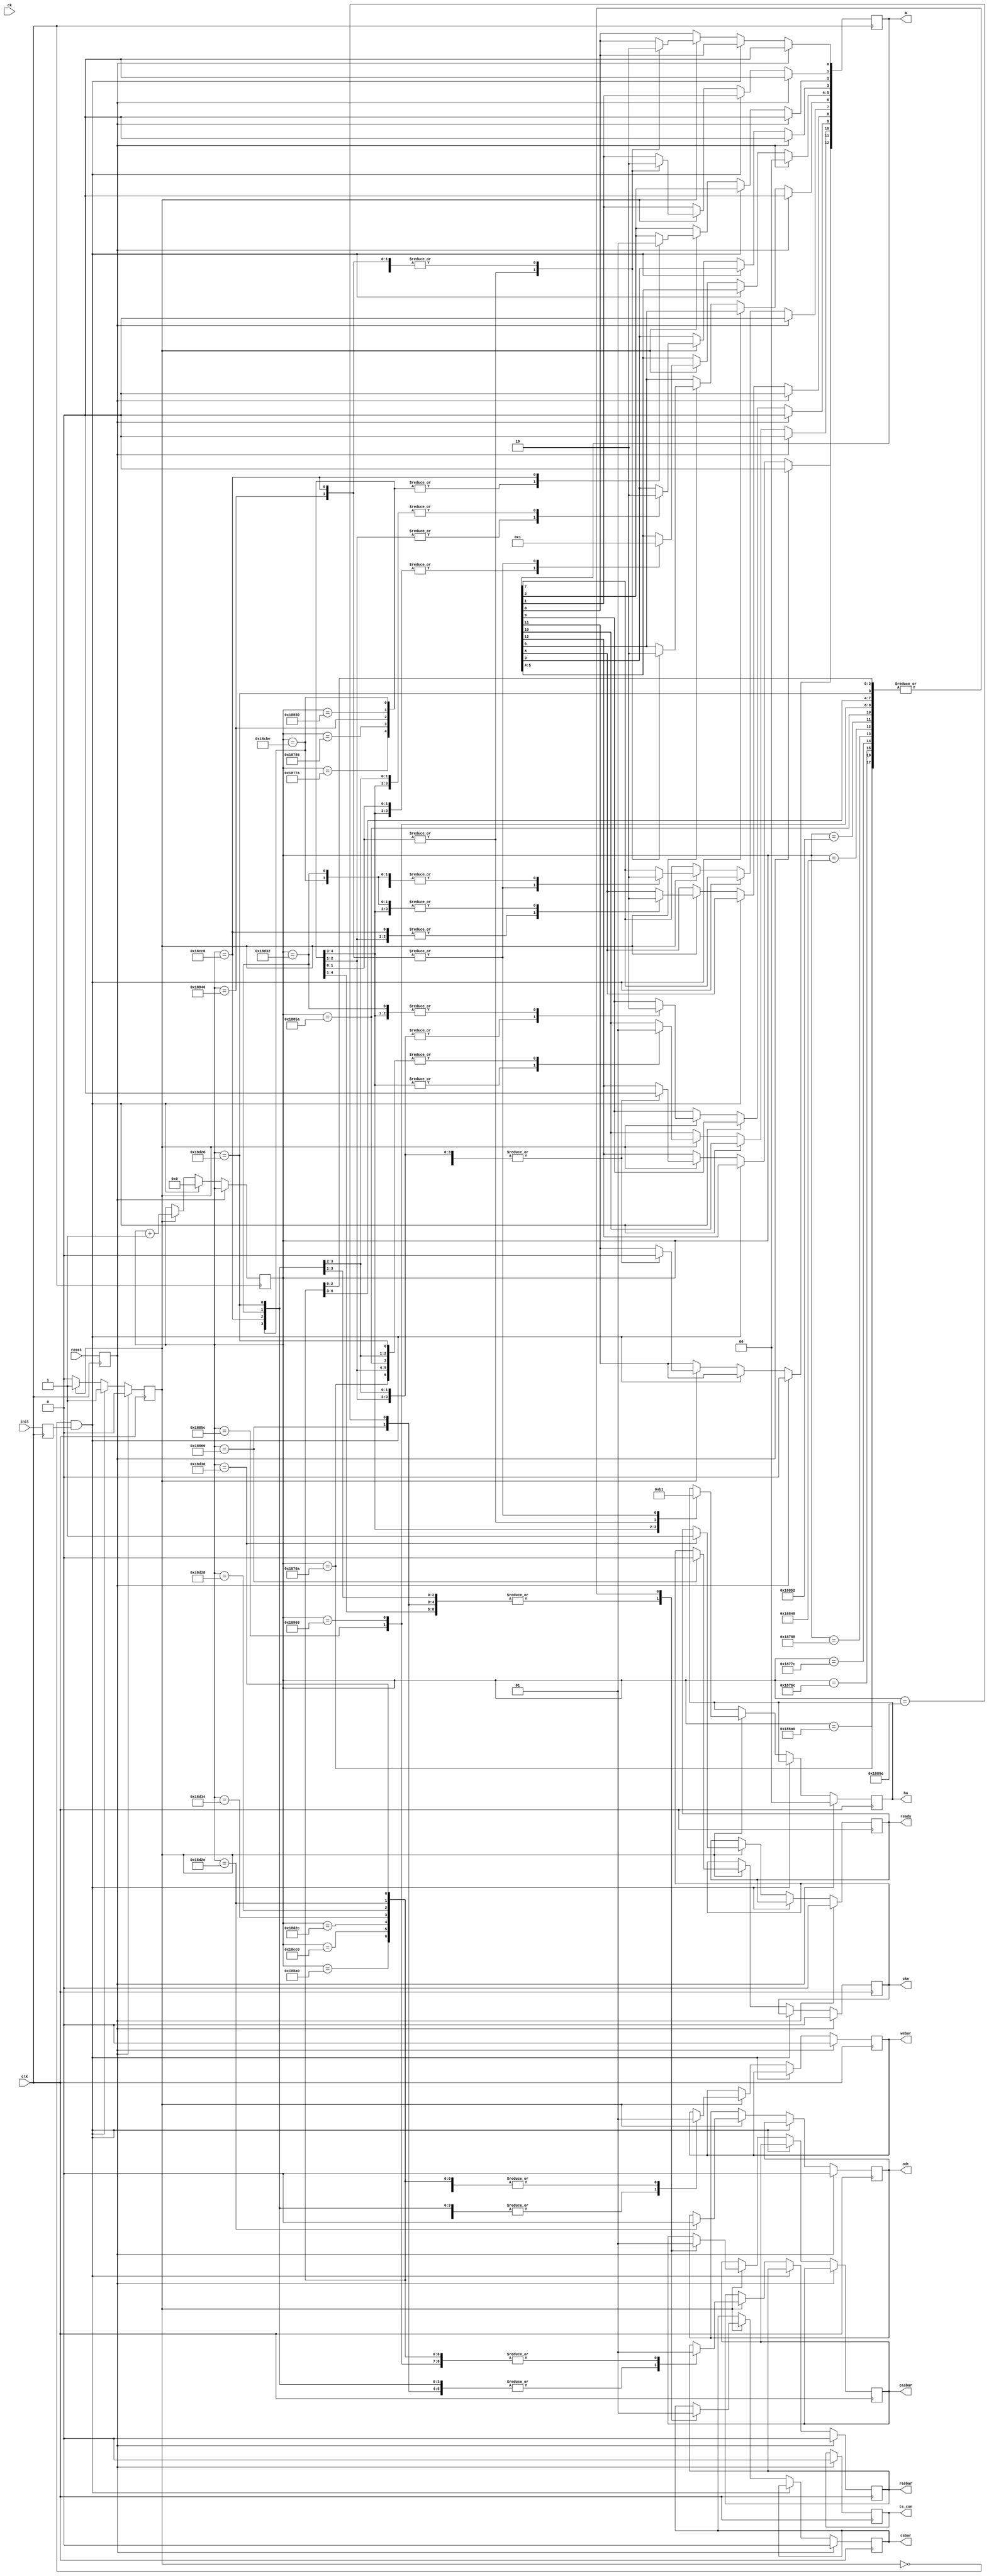
// Define Counter Values by setting the counter value for each stage in the INIT process
// There is a NOP command issued 1 DDR clock cycle after most commands
// More information about each stage is in the Verilog code below

`define S_NOP1	17'd100000 // Send NOP with CKE low
`define S_CKE	17'd100000 // Set CKE High
`define S_PRE1	17'd100202 // First Precharge
`define S_NOP2	17'd100204 // NOP after Precharge
`define S_EMRS2	17'd100218// Set EMRS 2
`define S_NOP3 	17'd100220 // NOP after EMRS 2
`define S_EMRS3	17'd100230 // Set EMRS 3
`define S_NOP4	17'd100232 // NOP after EMRS 3
`define S_DLL	17'd100422// DLL Set
`define S_NOP5	17'd100424 // NOP after DLL Set
`define S_DLLR	17'd100432// DLL Reset
`define S_NOP6	17'd100434 // NOP after DLL Reset
`define S_PRE2	17'd100442// 2nd Precharge
`define S_NOP7	17'd100444 // NOP after 2nd Precharge
`define S_AUTO1	17'd100454 // Part 1 of Auto Refresh
`define S_NOP8	17'd100456 // NOP after Auto Refresh 1
`define S_AUTO2 17'd100510 // Send Auto Refresh
`define S_NOP9	17'd100512 // NOP after Auto Refresh 2
`define S_MRS	17'd101566 // Set MRS register
`define S_NOP10	17'd101568 // NOP afer MRS
`define S_EMRS1	17'd101574 // Set EMRS1 register
`define S_NOP11	17'd101676 // NOP after EMRS1
`define S_OCD	17'd101682 // OCD Calibration
`define S_NOP12 17'd101684 // NOP after OCD calibration
`define S_PRE3	17'd101670 // Third Precharge
`define S_NOP13	17'd101672 // NOP after Precharge
`define S_ODT	17'd101678// Raise ODT When memory is ready
`define S_DONE	17'd101680// Memory is ready

/////////////////////////////////////////////////////////


module ddr2_init_engine(
   // Outputs
   ready, csbar, rasbar, casbar, webar, ba, a, odt, ts_con, cke,
   // Inputs
   clk, reset, init, ck
   );


input clk, reset, init, ck;
output ready, csbar, rasbar, casbar, webar, odt, ts_con, cke;
output [1:0] ba;
output [12:0] a;

reg ready;
reg cke;
reg csbar;
reg rasbar;
reg casbar;
reg webar;
reg [1:0] ba;
reg [12:0] a;
reg odt;
reg [15:0] dq_out;
reg [1:0] dqs_out;
reg [1:0] dqsbar_out;   
reg ts_con;
reg INIT, RESET;
   
reg [16:0]  counter;
reg flag;

always @(posedge clk)
begin
	INIT <= init;
	RESET <= reset;

	if (RESET)
	begin
		flag <= 0;
		cke <= 0;
		odt <= 0;
		a <= 0;
		ba <= 0;
		ts_con <= 0;
		csbar <= 0;
		rasbar <= 0;
		webar <= 0;
		ready <= 0;
	end
	else if (flag == 0 && INIT == 1)
	begin
		// On INIT signal, set a flag to start the initialization routine and clear the counter
		flag <= 1;
		counter <= 0;
	end
	else if (flag == 1)
	begin
		counter <= counter + 1;
		case (counter)
		// Use a case statement to match counter values to specific commands issued to the DDR2 chip
		// TASK: Fill in the correct counter values in the definitions at the beginning of the file
		// and fill in any missing signal values to set up the DDR2 chip correctly in the following code

		// INIT Waits for 200 microseconds
        	`S_NOP1:  begin
			{csbar, rasbar, casbar, webar} <= 0111; // NOP command
			end
	        `S_CKE:  begin // Enable CKE high
			cke <= 1;
			end
	// ----------------------------------------------------------
        // Precharge All
        // ----------------------------------------------------------
        // Wait for minimum of 400ns then issue precharge all command.
		
		`S_PRE1: begin // Precharge all banks
			{csbar, rasbar, casbar, webar} <= 0010; // Precharge all banks command
			a[10] <= 1;
			end
		`S_NOP2: {csbar, rasbar, casbar, webar} <= 0111; // NOP command

        // ----------------------------------------------------------
        // Set EMRS(2)
        // ----------------------------------------------------------
        // EMRS(2) is reserved for future use and all bits except
        // BA0 and BA1 must be programmed to 0 when setting
        // the mode register during initialization.

        	`S_EMRS2: begin
                	{csbar, rasbar, casbar, webar} <=  0000; // EMRS command
                	a <= 0;
			ba <= 2'b10;
	                end
                `S_NOP3: {csbar, rasbar, casbar, webar} <= 0111; // NOP command

        // ----------------------------------------------------------
        // Set EMRS(3)
        // ----------------------------------------------------------
        // EMRS(3) is reserved for future use and all bits except
        // BA0 and BA1 must be programmed to 1 when setting
        // the mode register during initialization.

	        `S_EMRS3: begin
        	        {csbar, rasbar, casbar, webar} <= 0000; // EMRS command 
        	        a <= 0;
        	        ba <= 2'b11;
	                end
                `S_NOP4: {csbar, rasbar, casbar, webar} <= 0111; // NOP command

        // ----------------------------------------------------------
        // DLL Enable
        // ----------------------------------------------------------
        // Issue EMRS to enable DLL. (To issue "DLL Enable" command,
        //  provide "Low" to A0, "High" to BA0 and "Low" to BA1 and A12.)
        // Rest of the values are set to desired values too (else it throws errors)

	        `S_DLL: begin
        	        {csbar, rasbar, casbar, webar} <= 0000; // EMRS command
        	        a[0] <= 0; // DLL Enable
               		a[1] <= 0; // Output Driver
                	a[2] <= 0; // Rtt ODT
                	a[6] <= 0; // Rtt ODT

			// FILL IN VALUES
                	a[5:3] <= 011; // Additive CAS
                	a[9:7] <= 111; // OCD Calibration Program
			//

                	a[10] <= 1; //DQS_bar disabled
                	a[11] <= 0; // RDQS
                	a[12] <= 0; // Qoff
                	ba <= 2'b01; // Address of EMRS1
	                end
                `S_NOP5: {csbar, rasbar, casbar, webar} <= 0111 ; // NOP command

        // ----------------------------------------------------------
        // DLL Reset
        // ----------------------------------------------------------
        // Issue a Mode Register Set command for DLL reset
        // (To issue DLL reset command, provide "High" to A8 and "Low" to BA0-1).

	        `S_DLLR: begin
        	        {csbar, rasbar, casbar, webar} <=0000 ; // EMRS command 
        	        // FILL IN VALUES
			a[2:0] <= 011 ; // Burst Length
        	        a[3] <= 1; // Burst Type
               		a[6:4] <= 100 ; // CAS_BAR Latency
                	//
			a[7] <= 0; // TM = Normal
                	a[8] <= 1; // DLL Reset
			a[11:9] <= 3'b011; // Write recovery
			a[12] <= 0; // Fast Exit
                	ba <= 2'b00; // MRS
	                end
                `S_NOP6: {csbar, rasbar, casbar, webar} <= 0111; // NOP command

        // ----------------------------------------------------------
        // Precharge All
        // ----------------------------------------------------------
        // Issue precharge all command.

        	`S_PRE2: begin
                	{csbar, rasbar, casbar, webar} <= 0010; // Precharge all banks command
                	a[10] <= 1; // Precharge value
	                end
                `S_NOP7: {csbar, rasbar, casbar, webar} <= 0111; // NOP command

        // ----------------------------------------------------------
        // Two Autorefresh AKA Refresh
        // ----------------------------------------------------------
        // Issue 2 or more auto-refresh commands.
        // the self refresh command is defined by having
        // csbar, rasbar, casbar and cke held low
        // with webar high at the rising edge of the clock.
        // Note: ODT must be turned off before issuing Self Refresh command,
        //       by either driving ODT pin low or using EMRS command.

        // **** First Auto Refresh Cycle *****
        // bring the clock enable (cke) down

        	`S_AUTO1: begin
                	{csbar, rasbar, casbar, webar} <= 0001;
					cke <= 0;				// Auto Refresh Command 
	                end
                `S_NOP8: {csbar, rasbar, casbar, webar} <= 0111; // NOP command

        // After exit wait for the delay equal or longer than the tXSNR or tXSRD
        // Refresh to active/Refresh command time (tRFC) = 105 ns
        // Exit self refresh to a non-read command (tXSNR) = tRFC + 10 = 115 ns
        // Exit self refresh to a read command (tXSRD) =  200 cycles = 800 ns

	        `S_AUTO2: begin
        	        {csbar, rasbar, casbar, webar} <= 0001; // Auto Refresh Command
	                end
                `S_NOP9: {csbar, rasbar, casbar, webar} <= 0111; // NOP command

	// Need to wait same time as last refresh before issuing the next command

        // ----------------------------------------------------------
        // MRS programing
        // ----------------------------------------------------------
        // Issue a mode register set command with low to A8 to initialize device operation.
        // (i.e. to program operating parameters without resetting the DLL.

	        `S_MRS:  begin
        	        {csbar, rasbar, casbar, webar} <= 0000; // EMRS command 
			// FILL IN VALUES
        	        a[2:0] <= 011; // Burst Length
        	        a[3] <= 0; // Burst Type
        	        a[6:4] <= 100; // CAS_BAR Latency
        	        //
			a[7] <= 0; // TM = Normal
        	        a[8] <= 0; // DLL Reset
        	        a[11:9] <= 3'b011; // Write recovery
        	        a[12] <= 0; // Fast Exit
        	        ba <= 2'b00; // MRS
	                end
                `S_NOP10: {csbar, rasbar, casbar, webar} <= 0111 ; // NOP command

        // ----------------------------------------------------------
        // Programing EMRS(1)
        // ----------------------------------------------------------

        	`S_EMRS1: begin
                	{csbar, rasbar, casbar, webar} <=  0000; // EMRS command 
                	a[0] <= 0; // DLL Enable
			a[1] <= 0; // Output Driver Impedence
        	        a[2] <= 1; // Rtt ODT
        	        a[6] <= 0; // Rtt ODT
        	        a[5:3] <= 010 ; // Additive CAS Latency
			a[9:7] <= 3'b111; // OCD Calibration
	                a[10] <= 1; // DLL Reset
        	        a[11] <= 0; // Write recovery
                	a[12] <= 0; // Fast Exit
                	ba <= 2'b01; // EMRS1
	                end
                `S_NOP11: {csbar, rasbar, casbar, webar} <= 0111; // NOP command

        // ----------------------------------------------------------
        // OCD Calibration 
        // ----------------------------------------------------------
	// OCD Must be at least 800 ns away from issuing the DLL Reset command

        	`S_OCD:  begin
			a[9:7] <= 3'b000; // OCD
			{csbar, rasbar, casbar, webar} <= 0000; // EMRS Command
			end
                `S_NOP12: {csbar, rasbar, casbar, webar} <= 0111; // NOP command

	// ----------------------------------------------------------
        // Precharge All
        // ----------------------------------------------------------

	        `S_PRE3: begin
        	        {csbar, rasbar, casbar, webar} <= 0010; // Precharge all banks command
        	        a[10] <= 1; // Precharge value
	                end
                `S_NOP13: {csbar, rasbar, casbar, webar} <= 0111; // NOP command

	// ----------------------------------------------------------
        // Enable On Die Termination
        // ----------------------------------------------------------

        	`S_ODT:  begin
        	        {csbar, rasbar, casbar, webar} <= 0111; // NOP command
        	        odt <= 0;
        	        end
        // ----------------------------------------------------------
        // DDR2 Setup Done!
        // ----------------------------------------------------------
        	`S_DONE: begin
	                {csbar, rasbar, casbar, webar} <= 0111; // Finally done - Just send NOPs
			ready <= 1; // done
        	        end
		default: begin
			flag <= 1;
                end
	endcase
	end
end

endmodule